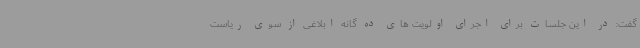
گفت: در این جلسات برای اجرای اولویت های ده گانه ابلاغی از سوی ریاست